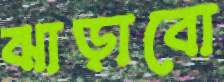
ঝাড়াবো